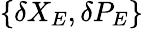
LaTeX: \left\{ \delta{{X}_{E}},\delta{{P}_{E}}\right\}